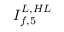
I _ { f , 5 } ^ { L , H L }